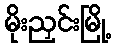
မိုးညှင်းမြို့